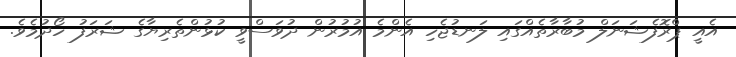
އެއީ ޕްރޮފެޝަނަލް މުބާރާތެއްގައި ލަނޑުޖެހި އެންމެ އުމުރުން ދުވަސްވީ ކުޅުންތެރިޔާގެ ޝަރަފު ހޯދުމެވެ.